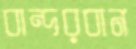
বান্দরবান